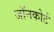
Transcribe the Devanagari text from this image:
जॉनकोर्ट